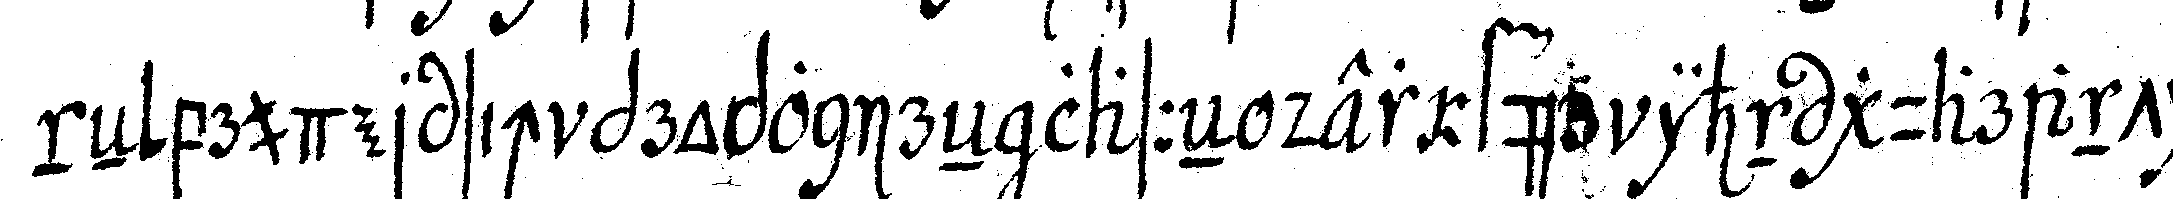
neN bruder sich proponireN lasseN der für ihn guaranti